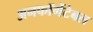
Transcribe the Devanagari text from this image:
अनफॉर्गेटेबल